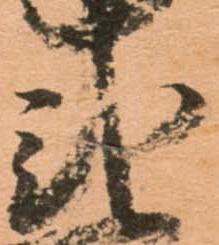
弐